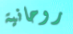
روحانية